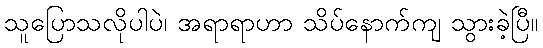
သူပြောသလိုပါပဲ၊ အရာရာဟာ သိပ်နောက်ကျ သွားခဲ့ပြီ။